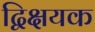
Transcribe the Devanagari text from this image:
द्विक्षयक